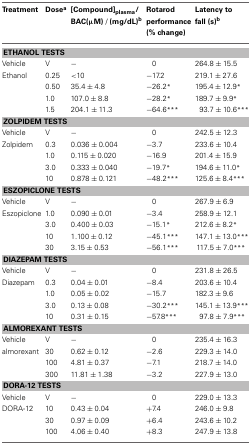
<table><thead><tr><td><b>Treatment</b></td><td><b>Dose<sup>a</sup></b></td><td><b>[Compound]<sub>plasma</sub>/BAC(μM) / (mg/dL)<sup>b</sup></b></td><td><b>Rotarod performance (% change)</b></td><td><b>Latency to fall (s)<sup>b</sup></b></td></tr></thead><tbody><tr><td colspan="5"><b>ETHANOL TESTS</b></td></tr><tr><td>Vehicle</td><td>V</td><td>−</td><td>0</td><td>264.8 ± 15.5</td></tr><tr><td>Ethanol</td><td>0.25</td><td>&lt;10</td><td>−17.2</td><td>219.1 ± 27.6</td></tr><tr><td></td><td>0.50</td><td>35.4 ± 4.8</td><td>−26.2<sup>*</sup></td><td>195.4 ± 12.9<sup>*</sup></td></tr><tr><td></td><td>1.0</td><td>107.0 ± 8.8</td><td>−28.2<sup>*</sup></td><td>189.7 ± 9.9<sup>*</sup></td></tr><tr><td></td><td>1.5</td><td>204.1 ± 11.3</td><td>−64.6<sup>***</sup></td><td>93.7 ± 10.6<sup>***</sup></td></tr><tr><td colspan="5"><b>ZOLPIDEM TESTS</b></td></tr><tr><td>Vehicle</td><td>V</td><td>−</td><td>0</td><td>242.5 ± 12.3</td></tr><tr><td>Zolpidem</td><td>0.3</td><td>0.036 ± 0.004</td><td>−3.7</td><td>233.6 ± 10.4</td></tr><tr><td></td><td>1.0</td><td>0.115 ± 0.020</td><td>−16.9</td><td>201.4 ± 15.9</td></tr><tr><td></td><td>3.0</td><td>0.333 ± 0.040</td><td>−19.7<sup>*</sup></td><td>194.6 ± 11.0<sup>*</sup></td></tr><tr><td></td><td>10</td><td>0.878 ± 0.121</td><td>−48.2<sup>***</sup></td><td>125.6 ± 8.4<sup>***</sup></td></tr><tr><td colspan="5"><b>ESZOPICLONE TESTS</b></td></tr><tr><td>Vehicle</td><td>V</td><td>−</td><td>0</td><td>267.9 ± 6.9</td></tr><tr><td>Eszopiclone</td><td>1.0</td><td>0.090 ± 0.01</td><td>−3.4</td><td>258.9 ± 12.1</td></tr><tr><td></td><td>3.0</td><td>0.400 ± 0.03</td><td>−15.1<sup>*</sup></td><td>212.6 ± 8.2<sup>*</sup></td></tr><tr><td></td><td>10</td><td>1.100 ± 0.12</td><td>−45.1<sup>***</sup></td><td>147.1 ± 13.0<sup>***</sup></td></tr><tr><td></td><td>30</td><td>3.15 ± 0.53</td><td>−56.1<sup>***</sup></td><td>117.5 ± 7.0<sup>***</sup></td></tr><tr><td colspan="5"><b>DIAZEPAM TESTS</b></td></tr><tr><td>Vehicle</td><td>V</td><td>−</td><td>0</td><td>231.8 ± 26.5</td></tr><tr><td>Diazepam</td><td>0.3</td><td>0.04 ± 0.01</td><td>−8.4</td><td>203.6 ± 10.4</td></tr><tr><td></td><td>1.0</td><td>0.05 ± 0.02</td><td>−15.7</td><td>182.3 ± 9.6</td></tr><tr><td></td><td>3.0</td><td>0.13 ± 0.08</td><td>−30.2<sup>***</sup></td><td>145.1 ± 13.9<sup>***</sup></td></tr><tr><td></td><td>10</td><td>0.31 ± 0.15</td><td>−57.8<sup>***</sup></td><td>97.8 ± 7.9<sup>***</sup></td></tr><tr><td colspan="5"><b>ALMOREXANT TESTS</b></td></tr><tr><td>Vehicle</td><td>V</td><td>−</td><td>0</td><td>235.4 ± 16.3</td></tr><tr><td>almorexant</td><td>30</td><td>0.62 ± 0.12</td><td>−2.6</td><td>229.3 ± 14.0</td></tr><tr><td></td><td>100</td><td>4.81 ± 0.37</td><td>−7.1</td><td>218.7 ± 14.0</td></tr><tr><td></td><td>300</td><td>11.81 ± 1.38</td><td>−3.2</td><td>227.9 ± 13.0</td></tr><tr><td colspan="5"><b>DORA-12 TESTS</b></td></tr><tr><td>Vehicle</td><td>V</td><td>−</td><td>0</td><td>229.0 ± 13.3</td></tr><tr><td>DORA-12</td><td>10</td><td>0.43 ± 0.04</td><td>+7.4</td><td>246.0 ± 9.8</td></tr><tr><td></td><td>30</td><td>0.97 ± 0.09</td><td>+6.4</td><td>243.6 ± 10.2</td></tr><tr><td></td><td>100</td><td>4.06 ± 0.40</td><td>+8.3</td><td>247.9 ± 13.8</td></tr></tbody></table>